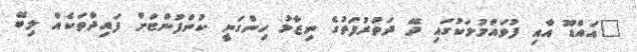
"އައްޑޫ އާއި ފުވައްމުލަކުގައި ދޭ ދަތުރުފަތުގެ ނިޒާމު ހިންގަނީ ކުންފުންޏަށް ފައިދާތަކެއް ލިބޭ